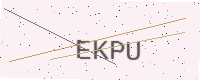
Text: EKPU